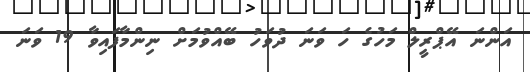
އަންނަ އޭޕްރީލް މަހުގެ ހަ ވަނަ ދުވަހު ބޭއްވުމަށް ނިންމާފައިވާ 19 ވަނަ